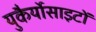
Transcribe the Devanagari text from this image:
युकैर्योसाइटों